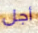
أجل